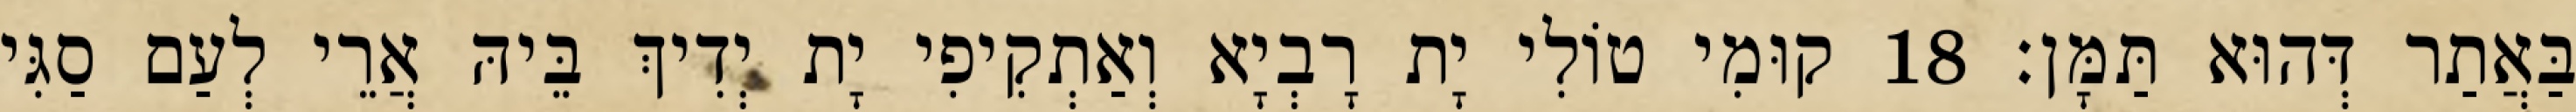
בַּאֲתַר דְּהוּא תַּמָּן׃ 18 קוּמִי טוֹלִי יָת רָבְיָא וְאַתְקִיפִי יָת יְדִיךְ בֵּיהּ אֲרֵי לְעַם סַגִּי